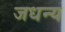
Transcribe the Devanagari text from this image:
जधन्य